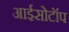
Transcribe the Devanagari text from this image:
आईसोटॉप